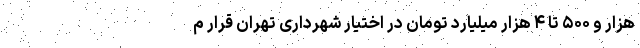
هزار و ۵۰۰ تا ۴ هزار میلیارد تومان در اختیار شهرداری تهران قرار م